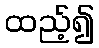
ထည့်၍